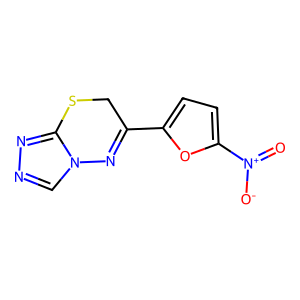
SMILES: O=[N+]([O-])c1ccc(C2=Nn3cnnc3SC2)o1
Inhibits HIV replication: No